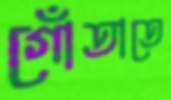
গোঁতাতে